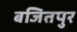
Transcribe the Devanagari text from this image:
बजितपुर